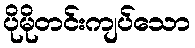
ပိုမိုတင်းကျပ်သော